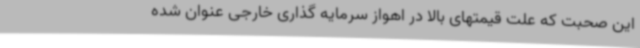
این صحبت که علت قیمتهای بالا در اهواز سرمایه گذاری خارجی عنوان شده